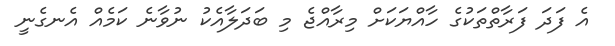
އެ ފަދަ ފަރާތްތަކުގެ ހާއްޔަކަށް މިރާއްޖެ މި ބަދަލާއެކު ނުވާނެ ކަމެއް އެނގެނީ